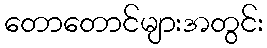
တောတောင်များအတွင်း